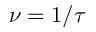
\nu = 1 / \tau